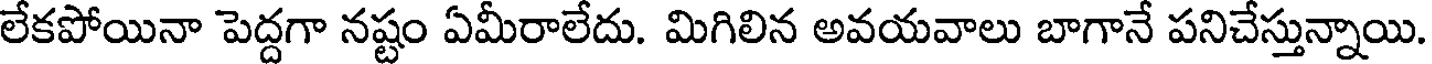
లేకపోయినా పెద్దగా నష్టం ఏమీరాలేదు. మిగిలిన అవయవాలు బాగానే పనిచేస్తున్నాయి.